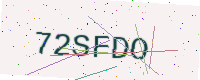
Text: 72SFDO